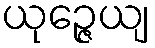
ယုဉ္ဇေယျ